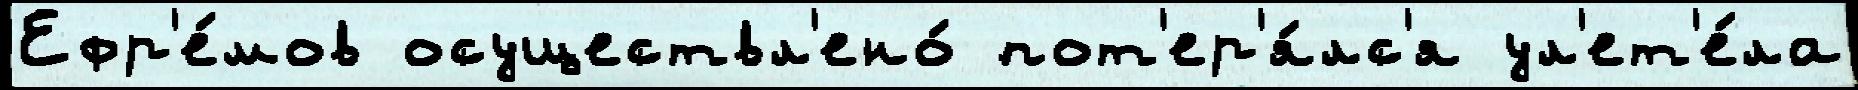
Ефр'е́мов осуществл'ено́ пот'ер'я́лс'я ул'ет'е́ла